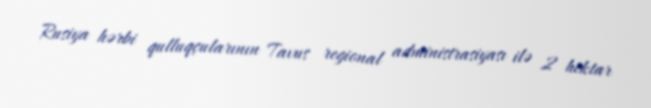
Rusiya hərbi qulluqçularının Tavus regional administrasiyası ilə 2 hektar